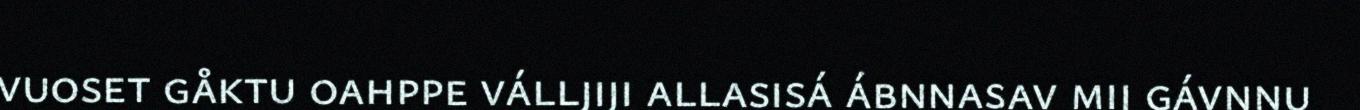
vuoset gåktu oahppe válljiji allasisá ábnnasav mij gávnnu